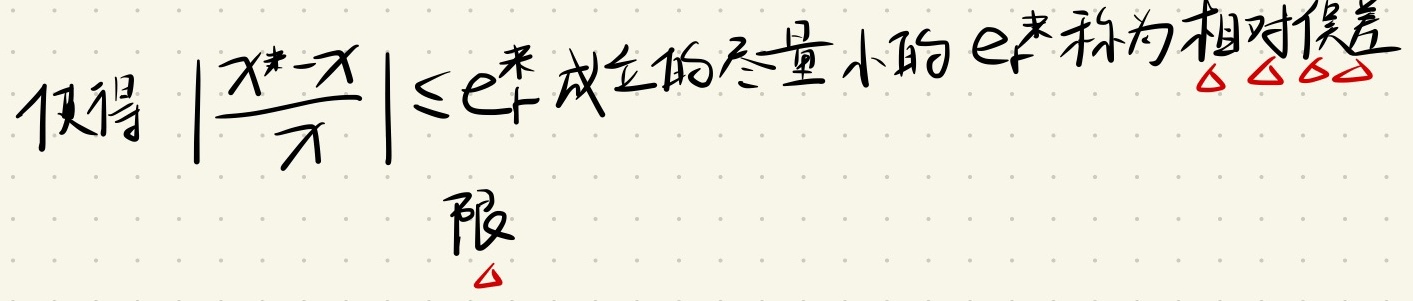
使得\(\left|\frac{x^{*}-x}{x}\right|\leq e_{r}^{*}\)成立的尽量小的 \(e_{r}^{*}\) 称为相对误差限